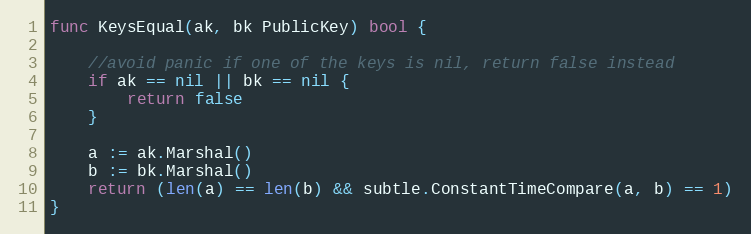
Language: Go
func KeysEqual(ak, bk PublicKey) bool {

	//avoid panic if one of the keys is nil, return false instead
	if ak == nil || bk == nil {
		return false
	}

	a := ak.Marshal()
	b := bk.Marshal()
	return (len(a) == len(b) && subtle.ConstantTimeCompare(a, b) == 1)
}